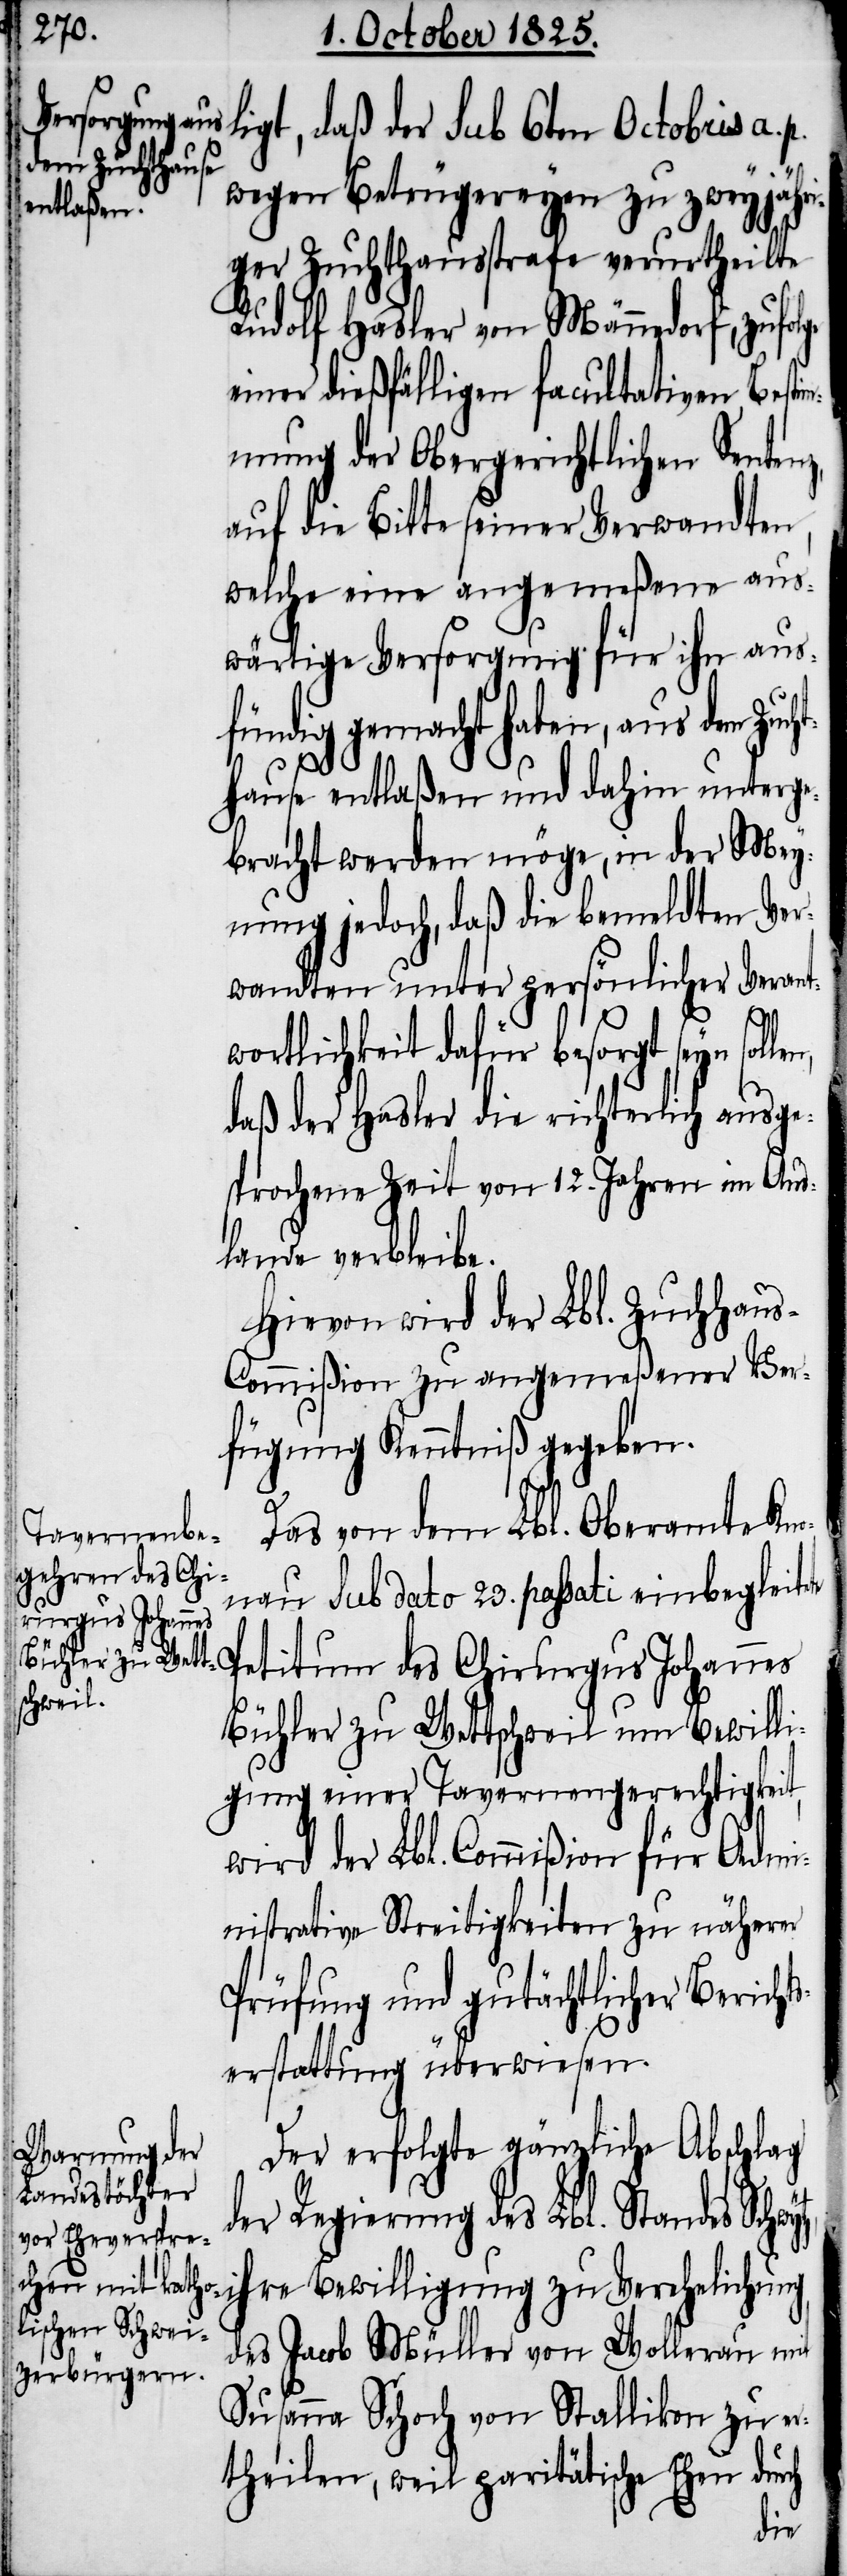
ligt, daß der sub 6ten Octobris a.
wegen Betrügereyen zu zweyjähr¬
iger Zuchthausstrafe verurtheilte
Rudolf Hasler von Männedorf, zufolge
einer dießfälligen facultativen Besti¬
mmung der Obergerichtlichen Sentenz,
auf die Bitte seiner Verwandten,
welche eine angemeßene aus¬
wärtige Versorgung für ihn aus¬
fündig gemacht haben, aus dem Zu¬
hause entlaßen und dahin unterge¬
bracht werden möge, in der Mey¬
nung jedoch, daß die bemeldten Ver¬
wandten unter persönlicher Veran¬
tz,
twortlichkeit dafür besorgt seyn sol¬
daß der Hasler die richterlich ausge¬
sprochene Zeit von 12. Jahren im Aus¬
lande verbleibe.
Hievon wird der Lbl. Zuchthau¬
s-Commißion zu angemeßener Ver¬
fügung Kenntniß gegeben.
Das von dem Lbl. Oberamte Kno¬
nau sub dato 23. passati einbegleitete
titum des Chirurgus Johannes
Bühler zu Wettschweil um Bewilli¬
gung einer Tavernengerechtigkeit,
wird der Lbl. Commißion für Admi¬
nistrative Streitigkeiten zu näherer
Prüfung und gutächtlicher Berich¬
erstattung überwiesen.
Der erfolgte gänzliche Abschlag
der Regierung des Lbl. Standes Schwy¬
re Bewilligung zu Verehelichung
des Jacob Müller von Wollerau mit
Susanna Schoch von Stallikon zu er¬
theilen, weil paritätische Ehen durch
ih¬